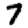
Digit: 7